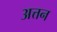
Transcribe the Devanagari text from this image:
अत्तन